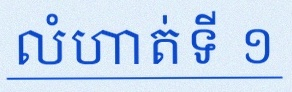
លំហាត់ទី ១